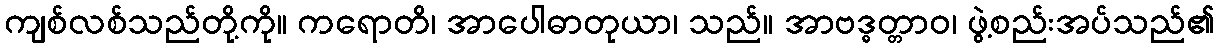
ကျစ်လစ်သည်တို့ကို။ ကရောတိ၊ အာပေါဓာတုယာ၊ သည်။ အာဗဒ္ဓတ္တာဝ၊ ဖွဲ့စည်းအပ်သည်၏